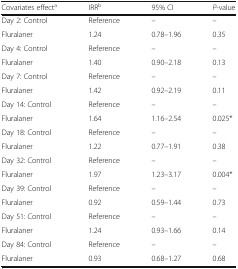
<table><thead><tr><td><b>Covariates effect<sup>a</sup></b></td><td><b>IRR<sup>b</sup></b></td><td><b>95% CI</b></td><td><b><i>P</i>-value</b></td></tr></thead><tbody><tr><td>Day 2: Control</td><td>Reference</td><td>–</td><td>–</td></tr><tr><td>Fluralaner</td><td>1.24</td><td>0.78–1.96</td><td>0.35</td></tr><tr><td>Day 4: Control</td><td>Reference</td><td>–</td><td>–</td></tr><tr><td>Fluralaner</td><td>1.40</td><td>0.90–2.18</td><td>0.13</td></tr><tr><td>Day 7: Control</td><td>Reference</td><td>–</td><td>–</td></tr><tr><td>Fluralaner</td><td>1.42</td><td>0.92–2.19</td><td>0.11</td></tr><tr><td>Day 14: Control</td><td>Reference</td><td>–</td><td>–</td></tr><tr><td>Fluralaner</td><td>1.64</td><td>1.16–2.54</td><td>0.025*</td></tr><tr><td>Day 18: Control</td><td>Reference</td><td>–</td><td>–</td></tr><tr><td>Fluralaner</td><td>1.22</td><td>0.77–1.91</td><td>0.38</td></tr><tr><td>Day 32: Control</td><td>Reference</td><td>–</td><td>–</td></tr><tr><td>Fluralaner</td><td>1.97</td><td>1.23–3.17</td><td>0.004*</td></tr><tr><td>Day 39: Control</td><td>Reference</td><td>–</td><td>–</td></tr><tr><td>Fluralaner</td><td>0.92</td><td>0.59–1.44</td><td>0.73</td></tr><tr><td>Day 51: Control</td><td>Reference</td><td>–</td><td>–</td></tr><tr><td>Fluralaner</td><td>1.24</td><td>0.93–1.66</td><td>0.14</td></tr><tr><td>Day 84: Control</td><td>Reference</td><td>–</td><td>–</td></tr><tr><td>Fluralaner</td><td>0.93</td><td>0.68–1.27</td><td>0.68</td></tr></tbody></table>